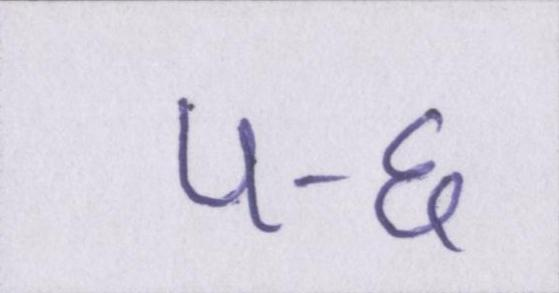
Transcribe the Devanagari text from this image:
५-६